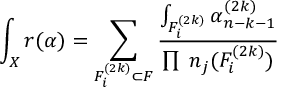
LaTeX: \int _ { X } r ( \alpha ) = \sum _ { F _ { i } ^ { ( 2 k ) } \subset F } \frac { \int _ { F _ { i } ^ { ( 2 k ) } } \alpha _ { n - k - 1 } ^ { ( 2 k ) } } { \prod \; n _ { j } ( F _ { i } ^ { ( 2 k ) } ) }